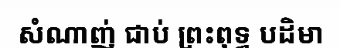
សំណាញ់ ជាប់ ព្រះពុទ្ធ បដិមា